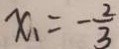
x _ { 1 } = - \frac { 2 } { 3 }